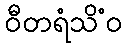
ဝီတရံသိံဝ